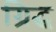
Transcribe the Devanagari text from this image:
ग्रिद्ध